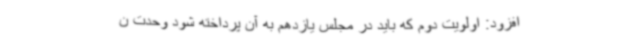
افزود: اولویت دوم که باید در مجلس یازدهم به آن پرداخته شود وحدت ن